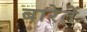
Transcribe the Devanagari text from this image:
बारेतें